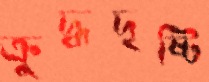
ক্রুদ্ধদৃষ্টি